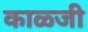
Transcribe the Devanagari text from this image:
काळ्जी